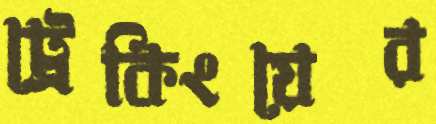
ট্রেকিংয়ের